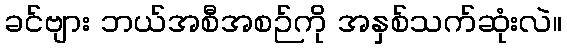
ခင်ဗျား ဘယ်အစီအစဉ်ကို အနှစ်သက်ဆုံးလဲ။